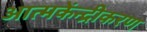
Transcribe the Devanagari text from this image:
आत्मकेंन्द्रीकरण